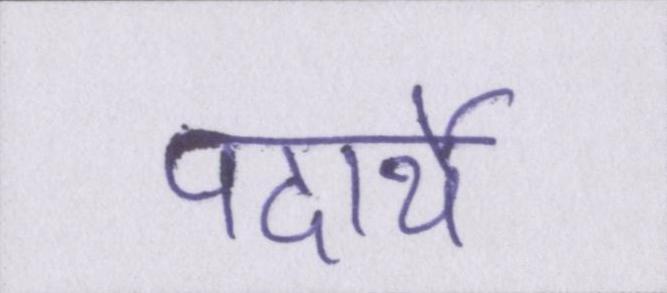
पदार्थे